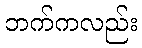
ဘက်ကလည်း